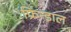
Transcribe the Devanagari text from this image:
फ्रिन्डाल